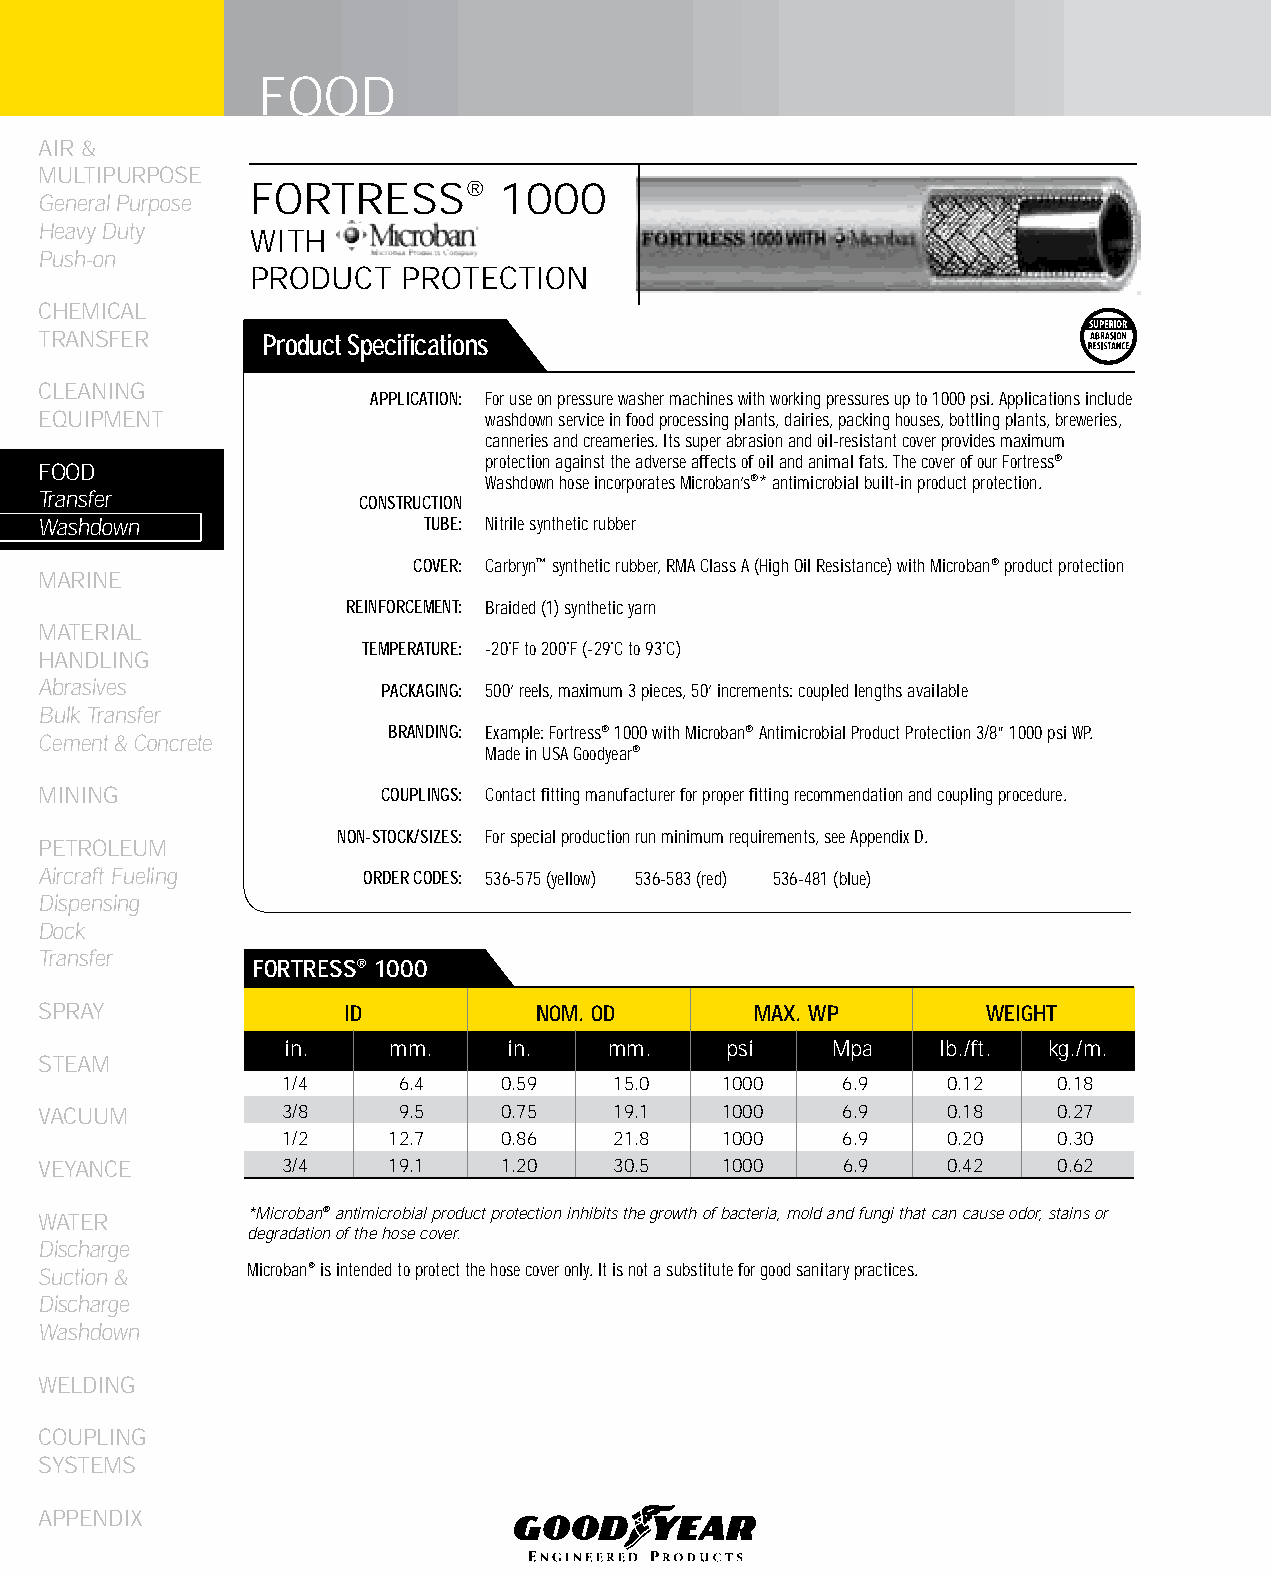
FOOD
 AIR &
 MULTIPURPOSE
 FORTRESS®       1000
 General Purpose
 Heavy Duty
 WITH
 Push-on
 PRODUCT   PROTECTION
 CHEMICAL
 TRANSFER      Product Specifications
 CLEANING
 APPLICATION: For use on pressure washer machines with working pressures up to 1000 psi. Applications include
 EqUIPMENT                    washdown service in food processing plants, dairies, packing houses, bottling plants, breweries,
 canneries and creameries. Its super abrasion and oil-resistant cover provides maximum
 protection against the adverse affects of oil and animal fats. The cover of our Fortress®
 FOOD
 Washdown hose incorporates Microban’s®* antimicrobial built-in product protection.
 Transfer             CONSTRUCTION
 Washdown                 TUBE: Nitrile synthetic rubber
 COVER: Carbryn™ synthetic rubber, RMA Class A (High Oil Resistance) with Microban® product protection
 MARINE
 REINFORCEMENT: Braided (1) synthetic yarn
 MATERIAL
 TEMPERATURE: -20˚F to 200˚F (-29˚C to 93˚C)
 HANDLING
 Abrasives             PACKAGING: 500’ reels, maximum 3 pieces, 50’ increments: coupled lengths available
 Bulk Transfer
 BRANDING: Example: Fortress® 1000 with Microban® Antimicrobial Product Protection 3/8” 1000 psi WP.
 Cement & Concrete
 Made in USA Goodyear®
 MINING                COUPLINGS: Contact fitting manufacturer for proper fitting recommendation and coupling procedure.
 NON-STOCK/SIZES: For special production run minimum requirements, see Appendix D.
 PETROLEUM
 Aircraft Fueling     ORDER CODES: 536-575 (yellow) 536-583 (red) 536-481 (blue)
 Dispensing
 Dock
 Transfer
 fORTRESS® 1000
 SPRAY               ID           NOM. OD       MAX. WP        WEIGHT
 in.    mm.     in.   mm.     psi    Mpa    lb./ft. kg./m.
 STEAM
 1/4    6.4    0.59    15.0   1000    6.9    0.12   0.18
 VACUUM          3/8    9.5    0.75    19.1   1000    6.9    0.18   0.27
 1/2    12.7   0.86    21.8   1000    6.9    0.20   0.30
 VEYANCE         3/4    19.1   1.20    30.5   1000    6.9    0.42   0.62
 WATER        *Microban® antimicrobial product protection inhibits the growth of bacteria, mold and fungi that can cause odor, stains or
 degradation of the hose cover.
 Discharge
 Suction &    Microban® is intended to protect the hose cover only. It is not a substitute for good sanitary practices.
 Discharge
 Washdown
 WELDING
 COUPLING
 SYSTEMS
 APPENDIX
 84